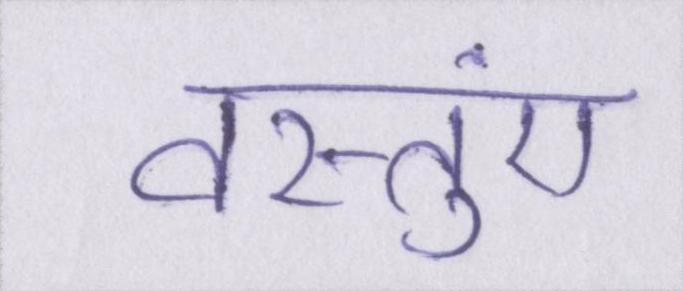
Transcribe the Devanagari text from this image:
वस्तुएं